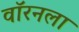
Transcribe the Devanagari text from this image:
वॉरनला